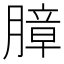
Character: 𰗍